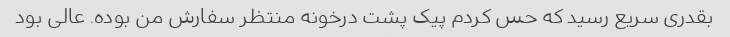
بقدری سریع رسید که حس کردم پیک پشت درخونه منتظر سفارش من بوده. عالی بود